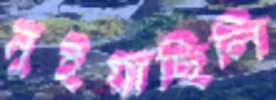
নুইয়াছিলি